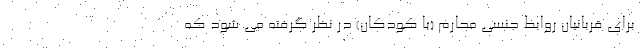
برای قربانیان روابط جنسی محارم (با کودکان) در نظر گرفته می شود که